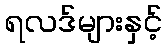
ရလဒ်များနှင့်